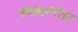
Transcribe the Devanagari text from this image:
१९७५नंतर